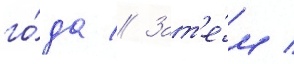
го́да // Зат'е́м /